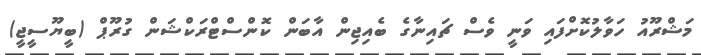
މަޝްރޫއު ހަވާލުކޮށްފައި ވަނީ ވެސް ޗައިނާގެ ބެއިޖިން އާބަން ކޮންސްޓްރަކްޝަން ގުރޫޕް (ބީޔޫސީޖީ)